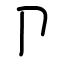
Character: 卩